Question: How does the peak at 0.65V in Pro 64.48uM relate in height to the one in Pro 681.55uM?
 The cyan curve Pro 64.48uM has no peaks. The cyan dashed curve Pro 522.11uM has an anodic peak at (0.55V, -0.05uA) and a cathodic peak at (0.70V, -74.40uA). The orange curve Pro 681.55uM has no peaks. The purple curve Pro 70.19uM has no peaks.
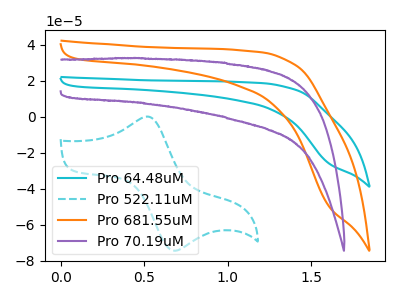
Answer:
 <answer>"Pro 64.48uM" and "Pro 681.55uM" dont share a peak at 0.65V.</answer>
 <eval>mismatch</eval>